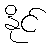
နိုင်